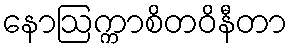
နောဩက္ကာစိတဝိနီတာ